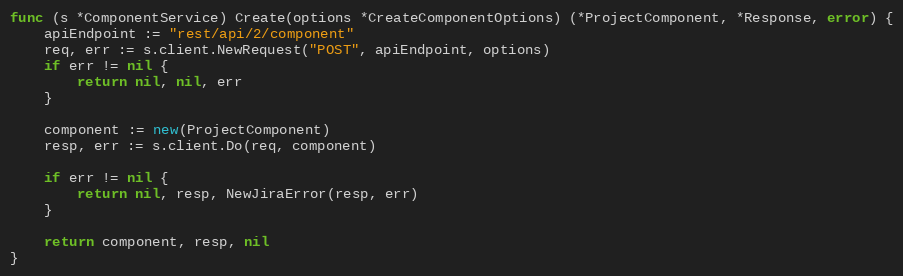
Language: Go
func (s *ComponentService) Create(options *CreateComponentOptions) (*ProjectComponent, *Response, error) {
	apiEndpoint := "rest/api/2/component"
	req, err := s.client.NewRequest("POST", apiEndpoint, options)
	if err != nil {
		return nil, nil, err
	}

	component := new(ProjectComponent)
	resp, err := s.client.Do(req, component)

	if err != nil {
		return nil, resp, NewJiraError(resp, err)
	}

	return component, resp, nil
}